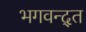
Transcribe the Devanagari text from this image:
भगवन्द्त